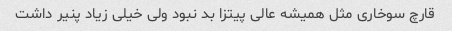
قارچ سوخاری مثل همیشه عالی پیتزا بد نبود ولی خیلی زیاد پنیر داشت